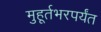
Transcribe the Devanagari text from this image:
मुहूर्तभरपर्यंत